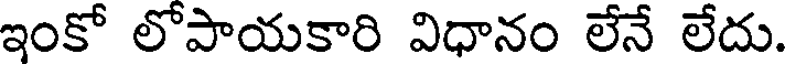
ఇంకో లోపాయకారి విధానం లేనే లేదు.